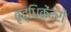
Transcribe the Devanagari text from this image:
वृद्धिकेंद्रों